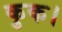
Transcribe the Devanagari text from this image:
कुक।